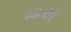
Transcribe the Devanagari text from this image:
स्कॅबीई